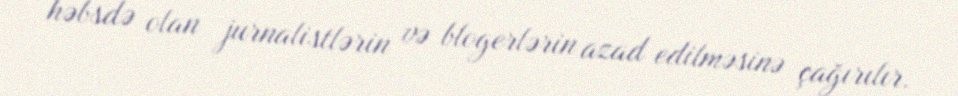
həbsdə olan jurnalistlərin və blogerlərin azad edilməsinə çağırılır.